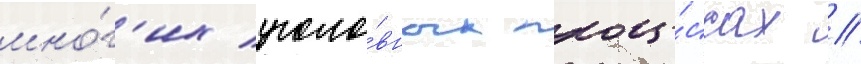
мно́г'их уголо́вных проце́ссах //